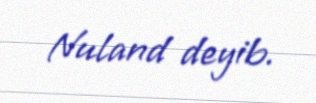
Nuland deyib.